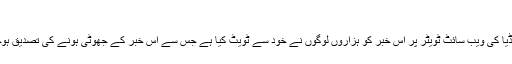
”
سوشل میڈیا کی ویب سائٹ ٹویٹر پر اِس خبر کو ہزاروں لوگوں نے خود سے ٹویٹ کیا ہے جس سے اس خبر کے جھوٹی ہونے کی تصدیق ہوجاتی ہے۔